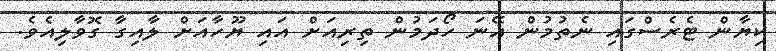
ކިޔާން ޓެރެސްގައި ނެތުމުން އޭނަ ހޯދަމުން ތިރިއަށް އައި ޔޫހާއަށް ލާއިގާ ގޮވާލިއެވެ.